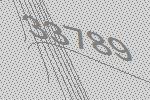
33789